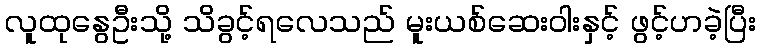
လူထုနွေဦးသို့ သိခွင့်ရလေသည် မူးယစ်ဆေးဝါးနှင့် ဖွင့်ဟခဲ့ပြီး